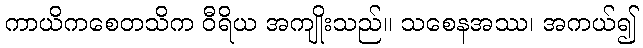
ကာယိကစေတသိက ဝီရိယ အကျိုးသည်။ သစေနအဿ၊ အကယ်၍